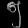
Digit: ၅